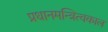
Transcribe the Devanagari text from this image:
प्रधानमन्त्रित्वकाल